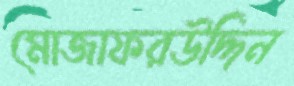
মোজাফরউদ্দিন